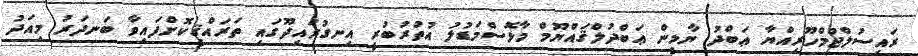
ރައީސުލްޖުމްހޫރިއްޔާ ޢަބްދު ޔާމީން ޢަބްދުލްޤައްޔޫމް މާޅޮސްމަޑުލު އުތުރުބުރީ އިނގުރައިދޫގައި ތަރައްޤީކޮށްފައިވާ ބަނދަރު މިއަދު